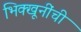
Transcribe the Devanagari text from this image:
भिक्खूनींची